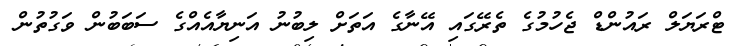
ޓްރަޔަލް ރައުންޑް ޖެހުމުގެ ތެރޭގައި އޭނާގެ އަތަށް ލިބުނު އަނިޔާއެއްގެ ސަބަބުން ވަގުތުން